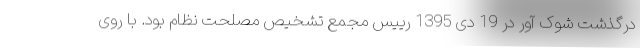
درگذشت شوک آور در 19 دی 1395 رییس مجمع تشخیص مصلحت نظام بود. با روی